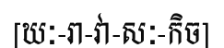
[ឃៈ-រា-វា-សៈ-កិច]